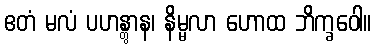
ဧတံ မလံ ပဟန္တွာန၊ နိမ္မလာ ဟောထ ဘိက္ခဝေါ။